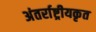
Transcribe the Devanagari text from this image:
अंतर्राष्ट्रीयकृत